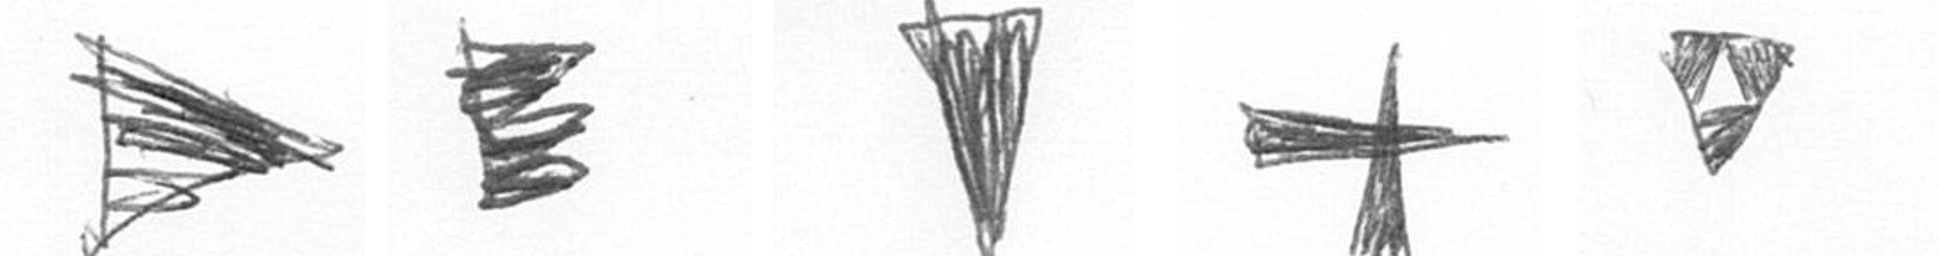
T H J G S